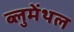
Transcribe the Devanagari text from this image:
ब्लुमेंथल